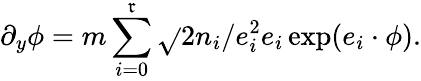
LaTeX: \partial_{y}\phi=m\sum_{i=0}^{\mathfrak{r}}\sqrt{}{{2n_{i}/e_{i}^{2}}}e_{i}\exp(e_{i}\cdot\phi).